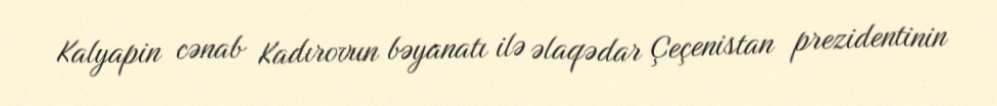
Kalyapin cənab Kadırovun bəyanatı ilə əlaqədar Çeçenistan prezidentinin